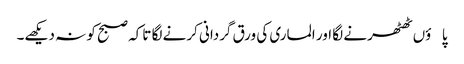
پاؤں ٹھٹھرنے لگا اور الماری کی ورق گردانی کرنے لگا تاکہ صبح کو نہ دیکھے۔